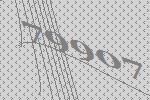
79907